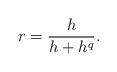
\begin{align*}r = \frac{h}{h+h^q}.\end{align*}